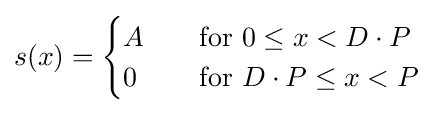
s(x)={\begin{cases}A&\quad {\text{for }}0\leq x<D\cdot P\\0&\quad {\text{for }}D\cdot P\leq x<P\\\end{cases}}